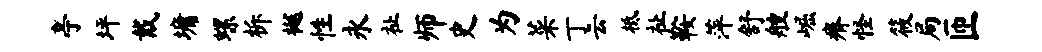
亭坪戴墉螺柝樾性永祉师史为菜丁云柢祉鞍萍舒艘崛瘠怪筱局匝